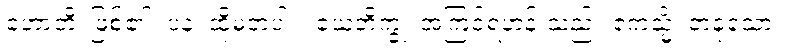
ဟောတိ၊ ဖြစ်၏။ ပန၊ ထိုမှတပါး။ ယေဘိက္ခု၊ အကြင်ရဟန်းသည်။ ဧကသ္မိံ၊ တခုသော။